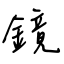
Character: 鏡